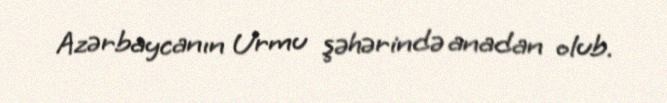
Azərbaycanın Urmu şəhərində anadan olub.